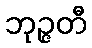
ဘုဉ္ဇတီ